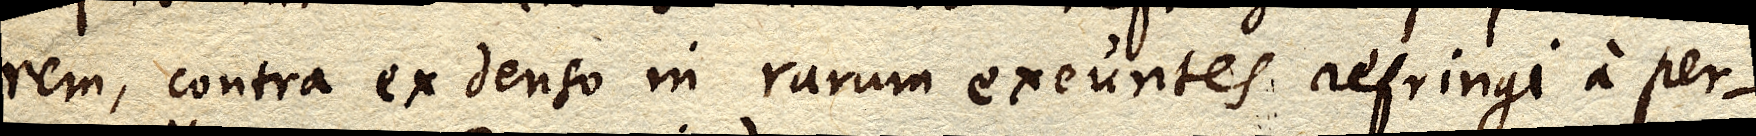
rem, contra ex denso in rarum exeuntes refringi a per–